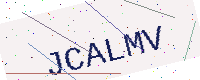
Text: JCALMV